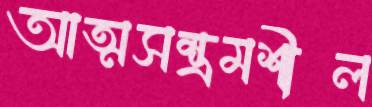
আত্মসম্ভ্রমশীল